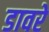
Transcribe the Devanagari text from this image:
डावरे